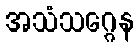
အသံသဂ္ဂေန